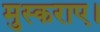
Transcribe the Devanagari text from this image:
मुस्कराए।